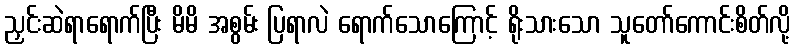
ညှင်းဆဲရာရောက်ပြီး မိမိ အစွမ်း ပြရာလဲ ရောက်သောကြောင့် ရိုးသားသော သူတော်ကောင်းစိတ်လို့